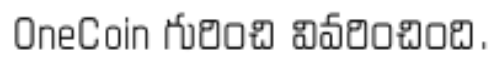
OneCoin గురించి వివరించింది.